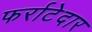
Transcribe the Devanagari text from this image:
फर्राटेदार